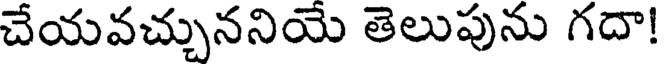
చేయవచ్చుననియె తెలుపును గదా!